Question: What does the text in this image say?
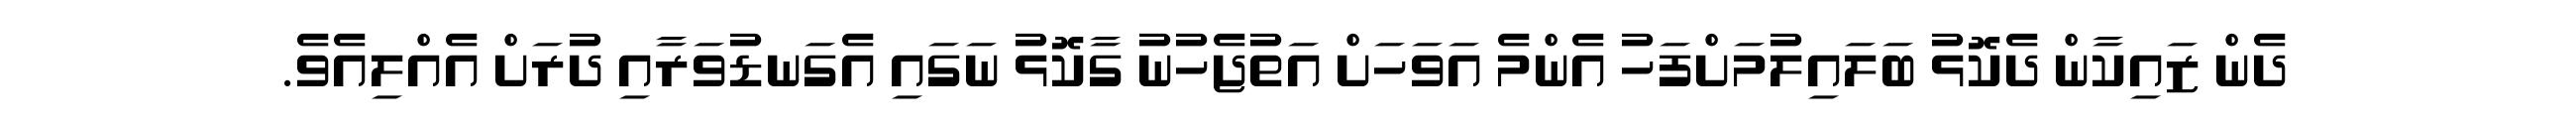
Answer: ދެން ޒައިކާން ދެކޮޅު ބަލައިލުމަށްފަހު އެންމެ އަވަހަށް އަތުޖެހުނު ގާކޮޅު ނަގައި އެގަނޑުވަރާއި ދުރަށް އެއްލިއެވެ.